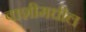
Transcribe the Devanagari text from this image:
वाशीमधील